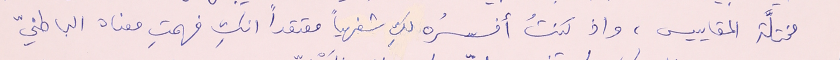
مختلَّة المقاييس، واذ كنتُ أفسرُه لكِ شفهياً معتقداً انكِ فهمتِ معناه الباطنيّ